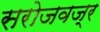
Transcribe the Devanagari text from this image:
सरोजवज्र